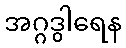
အဂ္ဂဒွါရေန